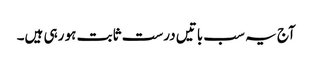
آج یہ سب باتیں درست ثابت ہو رہی ہیں۔